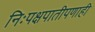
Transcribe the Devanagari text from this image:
निःपक्षपातीपणाही